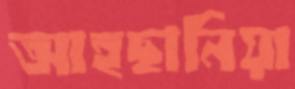
আহছানিয়া